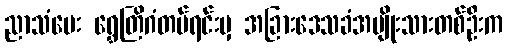
ညာသံပေး ရွှေတြိဂံတပ်ရင်းမှ အခြားဒေသခံအမျိုးသားတစ်ဦးက